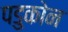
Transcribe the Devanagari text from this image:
पडुकोन